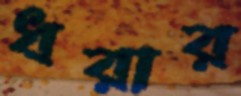
ধরার